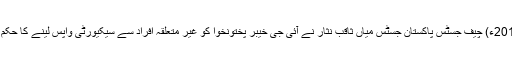
19 اپریل2018ء) چیف جسٹس پاکستان جسٹس میاں ثاقب نثار نے آئی جی خیبر پختونخوا کو غیر متعلقہ افراد سے سیکیورٹی واپس لینے کا حکم دے دیا ہے۔